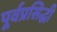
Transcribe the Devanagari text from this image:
पूर्वप्रसिद्धी